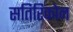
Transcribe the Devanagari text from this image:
सतिरिकोन